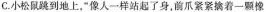
C.小松鼠跳到地上“像人一样站起了身，前爪紧紧擒着一颗橡